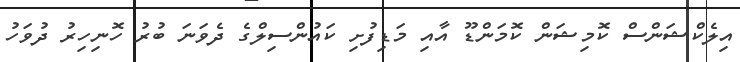
އިލެކްޝަންސް ކޮމިޝަން ކޮމަންޑޫ އާއި މަޑިފުށި ކައުންސިލްގެ ދެވަނަ ބުރު ހޮނިހިރު ދުވަހު